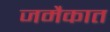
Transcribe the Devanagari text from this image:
जमैकात